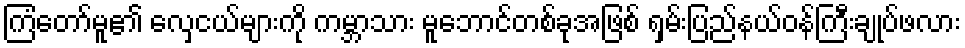
ကြံတော်မူ၏ လှေငယ်များကို ကမ္ဘာသား မူဘောင်တစ်ခုအဖြစ် ရှမ်းပြည်နယ်ဝန်ကြီးချုပ်ဖလား